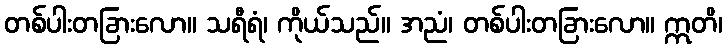
တစ်ပါးတခြားလော။ သရီရံ၊ ကိုယ်သည်။ အညံ၊ တစ်ပါးတခြားလော။ ဣတိ၊